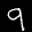
Label: 9